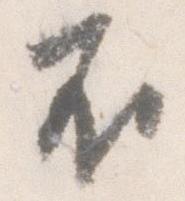
不